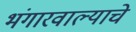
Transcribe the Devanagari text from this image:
भंगारवाल्याचे